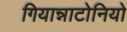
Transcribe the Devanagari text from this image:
गियान्नाटोनियो